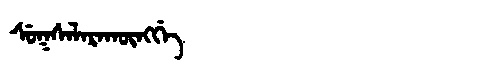
Manchu: ᠰᡠᡴᠰᠠᠯᠠᡵᠠᡴᡡᠩᡤᡝ
Romanization: SUKSALARAKŪNGGE